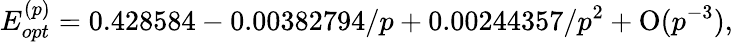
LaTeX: E_{opt}^{(p)}=0.428584-0.00382794/p+0.00244357/p^{2}+\mathrm{O}(p^{-3}),